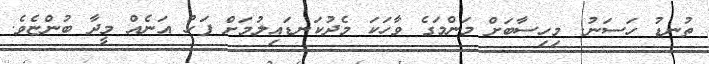
ތުނޑު ހަސަނު. މިހިސާބަށް މަންމަގެ ވާހަކަ މެދުކަނޑައިލުމަށް ފަހު އަނެއް މީދާ ބުންޏެވެ.